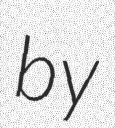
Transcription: by